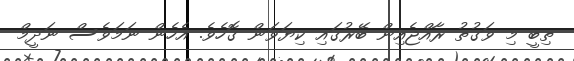
ތިބީ މި ވަގުތު ރާއްޖެއިން ބޭރުގައި ކިޔަވަން ގޮހެވެ. އެހެން ނަމަވެސް ނަދީމް